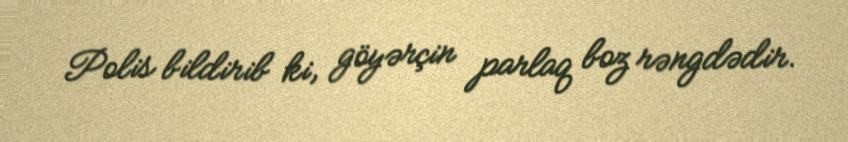
Polis bildirib ki, göyərçin parlaq boz rəngdədir.